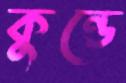
কুন্ডে